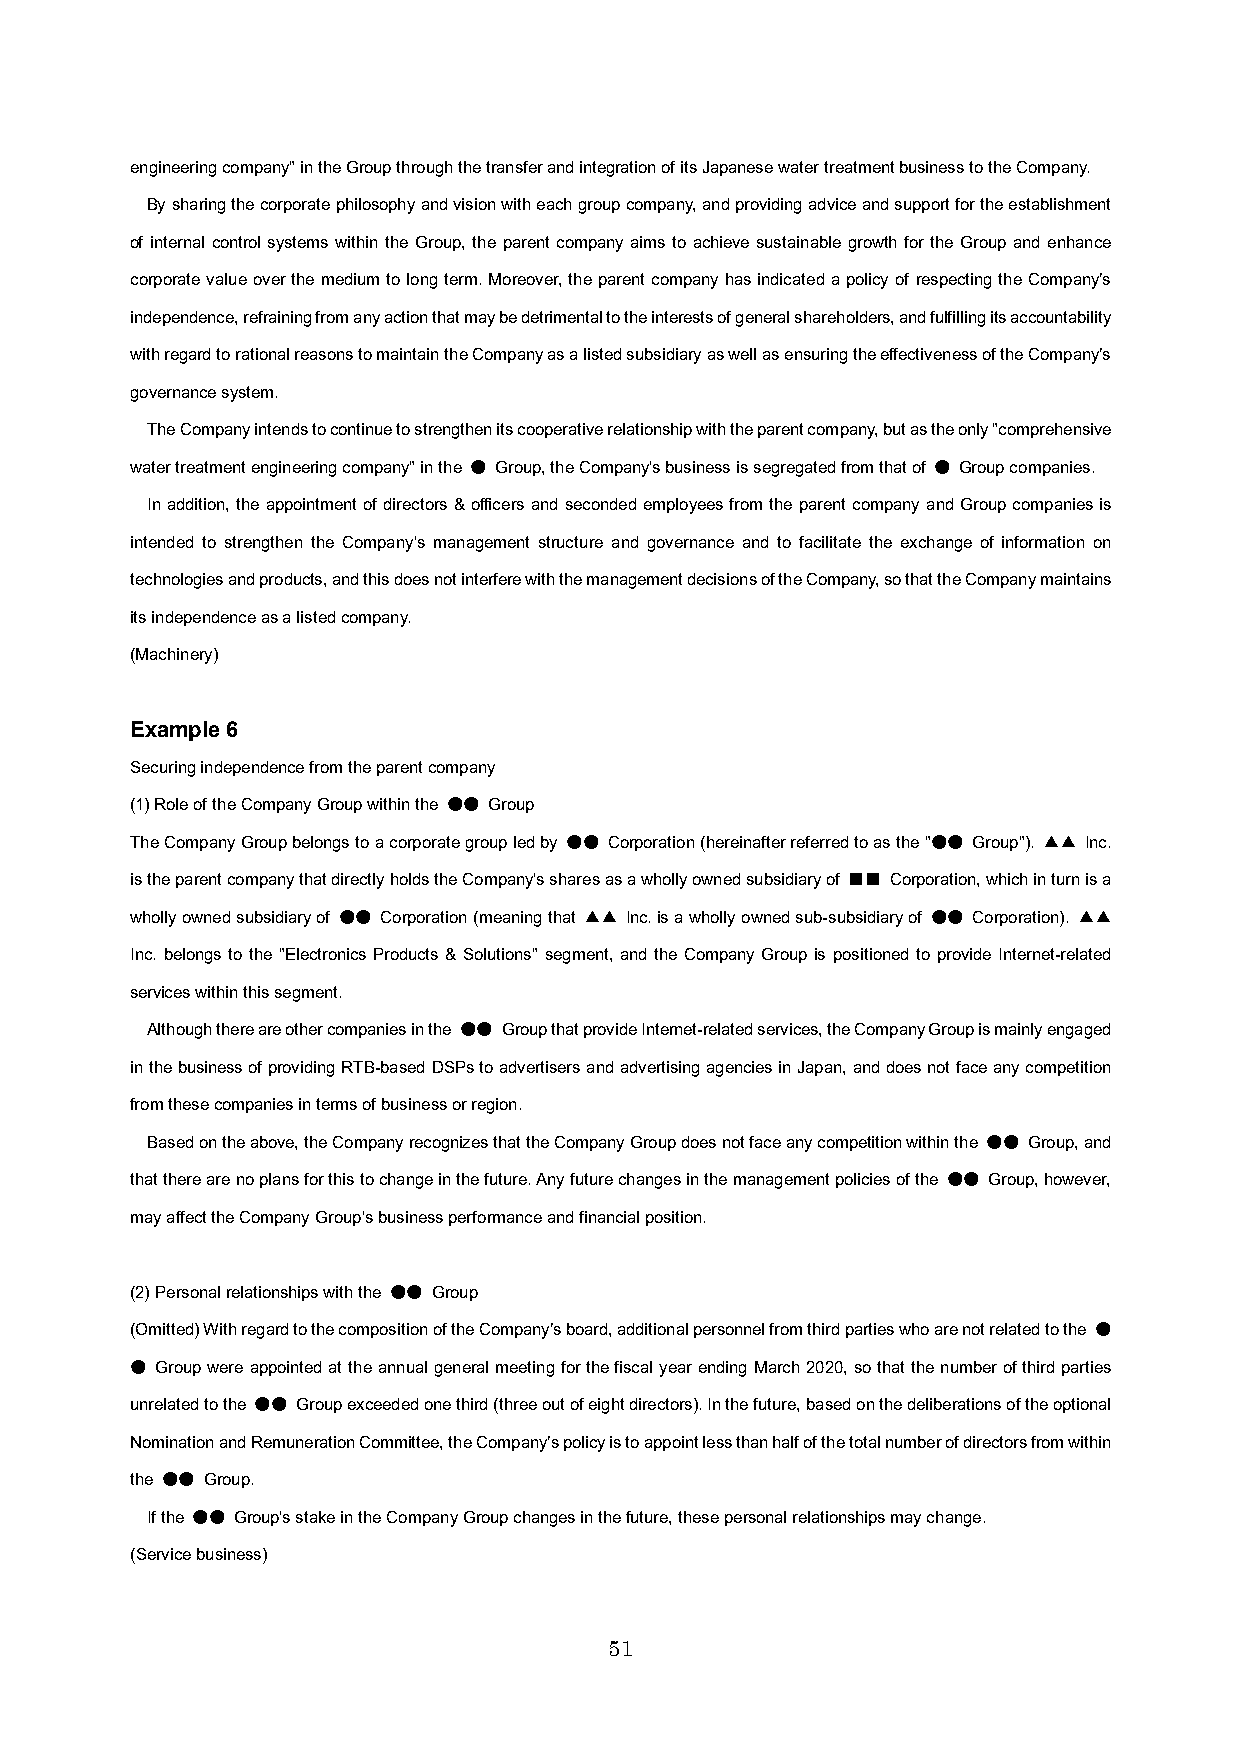
engineering company" in the Group through the transfer and integration of its Japanese water treatment business to the Company.
 By sharing the corporate philosophy and vision with each group company, and providing advice and support for the establishment
 of internal control systems within the Group, the parent company aims to achieve sustainable growth for the Group and enhance
 corporate value over the medium to long term. Moreover, the parent company has indicated a policy of respecting the Company’s
 independence, refraining from any action that may be detrimental to the interests of general shareholders, and fulfilling itsaccountability
 with regard to rational reasons to maintain the Company as a listed subsidiary as well as ensuring the effectiveness of the Company’s
 governance system.
 The Company intends to continue to strengthen its cooperative relationship with the parent company, but as the only "comprehensive
 water treatment engineering company" in the ● Group, the Company's business is segregated from that of ● Group companies.
 In addition, the appointment of directors & officers and seconded employees from the parent company and Group companies is
 intended to strengthen the Company's management structure and governance and to facilitate the exchange of information on
 technologies and products, and this does not interfere with the management decisions of the Company, so that the Company maintains
 its independenceas a listed company.
 (Machinery)
 Example 6
 Securing independence from the parent company
 (1) Role of the Company Group within the ●● Group
 The Company Group belongs to a corporate group led by ●● Corporation (hereinafter referred to as the "●● Group"). ▲▲ Inc.
 is the parent company that directly holds the Company's shares as a wholly owned subsidiary of ■■ Corporation, which in turn is a
 wholly owned subsidiary of ●● Corporation (meaning that ▲▲ Inc. is a wholly owned sub-subsidiary of ●● Corporation). ▲▲
 Inc. belongs to the "Electronics Products & Solutions" segment, and the Company Group is positioned to provide Internet-related
 services within this segment.
 Although there are other companies inthe ●● Group that provide Internet-related services, the Company Group is mainly engaged
 in the business of providing RTB-based DSPs to advertisers and advertising agencies in Japan, and does not face any competition
 from these companies in terms of business or region.
 Based on the above, the Company recognizes that the Company Group does not face any competition within the ●● Group, and
 that there are no plans for this to change in the future. Any future changes in the management policies of the ●● Group, however,
 may affect the Company Group's business performance and financial position.
 (2) Personal relationships with the ●● Group
 (Omitted) With regard to the composition of the Company’s board, additional personnel from third parties who are not related to the ●
 ● Group were appointed at the annual general meeting for the fiscal year ending March 2020, so that the number of third parties
 unrelated to the ●● Group exceeded one third (three out of eight directors). In the future, based on the deliberationsof the optional
 Nomination and Remuneration Committee, the Company’s policy is to appoint less than half of the total number of directors from within
 the ●● Group.
 If the ●● Group's stake in the Company Group changes in the future, these personal relationships may change.
 (Service business)
 51